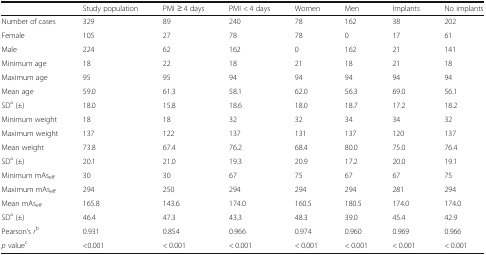
|  | Study population | PMI ≥ 4 days | PMI < 4 days | Women | Men | Implants | No implants |
 | --- | --- | --- | --- | --- | --- | --- | --- |
 | Number of cases | 329 | 89 | 240 | 78 | 162 | 38 | 202 |
 | Female | 105 | 27 | 78 | 78 | 0 | 17 | 61 |
 | Male | 224 | 62 | 162 | 0 | 162 | 21 | 141 |
 | Minimum age | 18 | 22 | 18 | 21 | 18 | 21 | 18 |
 | Maximum age | 95 | 95 | 94 | 94 | 94 | 94 | 94 |
 | Mean age | 59.0 | 61.3 | 58.1 | 62.0 | 56.3 | 69.0 | 56.1 |
 | SDa (±) | 18.0 | 15.8 | 18.6 | 18.0 | 18.7 | 17.2 | 18.2 |
 | Minimum weight | 18 | 18 | 32 | 32 | 34 | 34 | 32 |
 | Maximum weight | 137 | 122 | 137 | 131 | 137 | 120 | 137 |
 | Mean weight | 73.8 | 67.4 | 76.2 | 68.4 | 80.0 | 75.0 | 76.4 |
 | SDa (±) | 20.1 | 21.0 | 19.3 | 20.9 | 17.2 | 20.0 | 19.1 |
 | Minimum mAseff | 30 | 30 | 67 | 75 | 67 | 67 | 75 |
 | Maximum mAseff | 294 | 250 | 294 | 294 | 294 | 281 | 294 |
 | Mean mAseff | 165.8 | 143.6 | 174.0 | 160.5 | 180.5 | 174.0 | 174.0 |
 | SDa (±) | 46.4 | 47.3 | 43.3 | 48.3 | 39.0 | 45.4 | 42.9 |
 | Pearson’s rb | 0.931 | 0.854 | 0.966 | 0.974 | 0.960 | 0.969 | 0.966 |
 | p valuec | <0.001 | < 0.001 | < 0.001 | < 0.001 | < 0.001 | < 0.001 | < 0.001 |